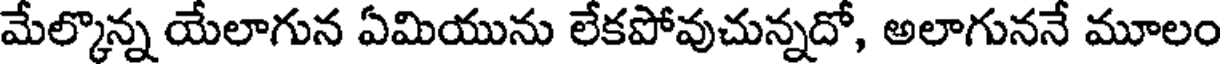
మేల్కొన్న యేలాగున ఏమియును లేకపోవుచున్నదో, అలాగుననే మూలం